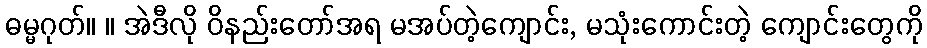
ဓမ္မဂုတ်။ ။ အဲဒီလို ဝိနည်းတော်အရ မအပ်တဲ့ကျောင်း, မသုံးကောင်းတဲ့ ကျောင်းတွေကို